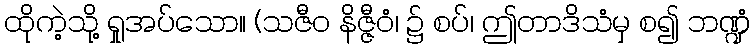
ထိုကဲ့သို့ ရှုအပ်သော။ (သဇီဝ နိဇ္ဇီဝံ၊ ၌ စပ်၊ ဤတာဒိသံမှ စ၍ ဘဏ္ဍံ